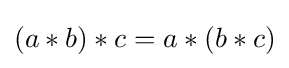
(a*b)*c=a*(b*c)